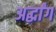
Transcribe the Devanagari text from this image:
अर्द्धांग